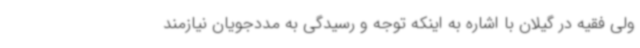
ولی فقیه در گیلان با اشاره به اینکه توجه و رسیدگی به مددجویان نیازمند